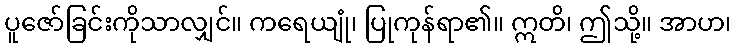
ပူဇော်ခြင်းကိုသာလျှင်။ ကရေယျုံ၊ ပြုကုန်ရာ၏။ ဣတိ၊ ဤသို့။ အာဟ၊